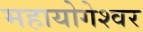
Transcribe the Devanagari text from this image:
महायोगेश्वर